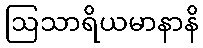
ဩသာရိယမာနာနိ